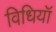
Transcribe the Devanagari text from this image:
विधियॉ